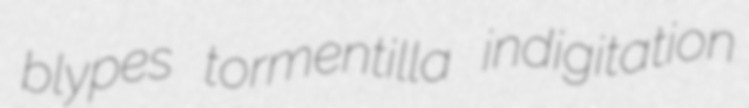
blypes tormentilla indigitation